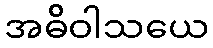
အဓိဝါသယေ